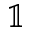
\mathbb { 1 }